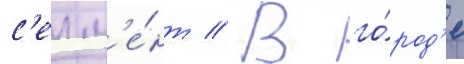
с'егм'е́нт // В го́род'е